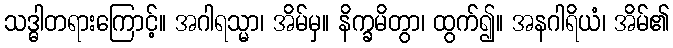
သဒ္ဓါတရားကြောင့်။ အဂါရသ္မာ၊ အိမ်မှ။ နိက္ခမိတွာ၊ ထွက်၍။ အနဂါရိယံ၊ အိမ်၏